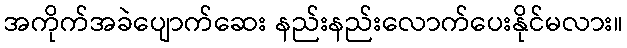
အကိုက်အခဲပျောက်ဆေး နည်းနည်းလောက်ပေးနိုင်မလား။